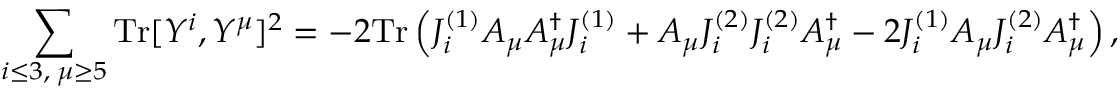
\sum _ { i \leq 3 , \; \mu \geq 5 } \mathrm { T r } [ Y ^ { i } , Y ^ { \mu } ] ^ { 2 } = - 2 \mathrm { T r } \left( J _ { i } ^ { ( 1 ) } A _ { \mu } A _ { \mu } ^ { \dag } J _ { i } ^ { ( 1 ) } + A _ { \mu } J _ { i } ^ { ( 2 ) } J _ { i } ^ { ( 2 ) } A _ { \mu } ^ { \dag } - 2 J _ { i } ^ { ( 1 ) } A _ { \mu } J _ { i } ^ { ( 2 ) } A _ { \mu } ^ { \dag } \right) ,